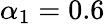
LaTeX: \alpha_{1}=0.6